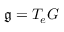
{ \mathfrak { g } } = T _ { e } G